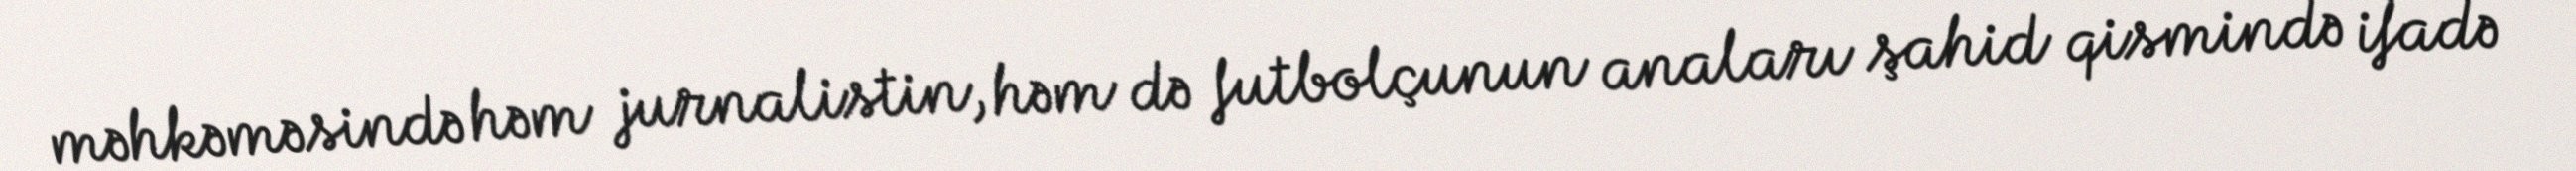
məhkəməsində həm jurnalistin, həm də futbolçunun anaları şahid qismində ifadə